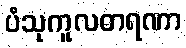
ပံသုကူလဓာရဏာ